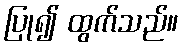
ပြု၍ ထွက်သည်။